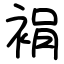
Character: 裐